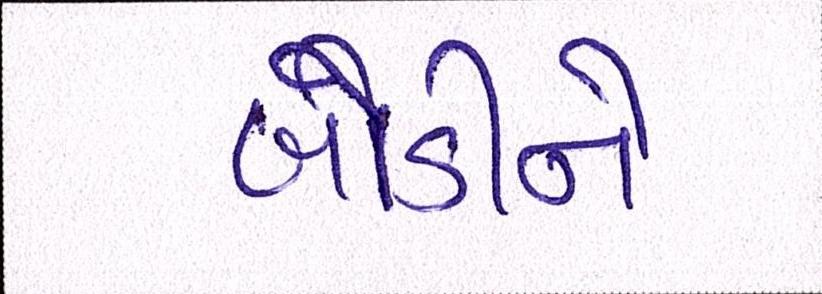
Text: બોડીને